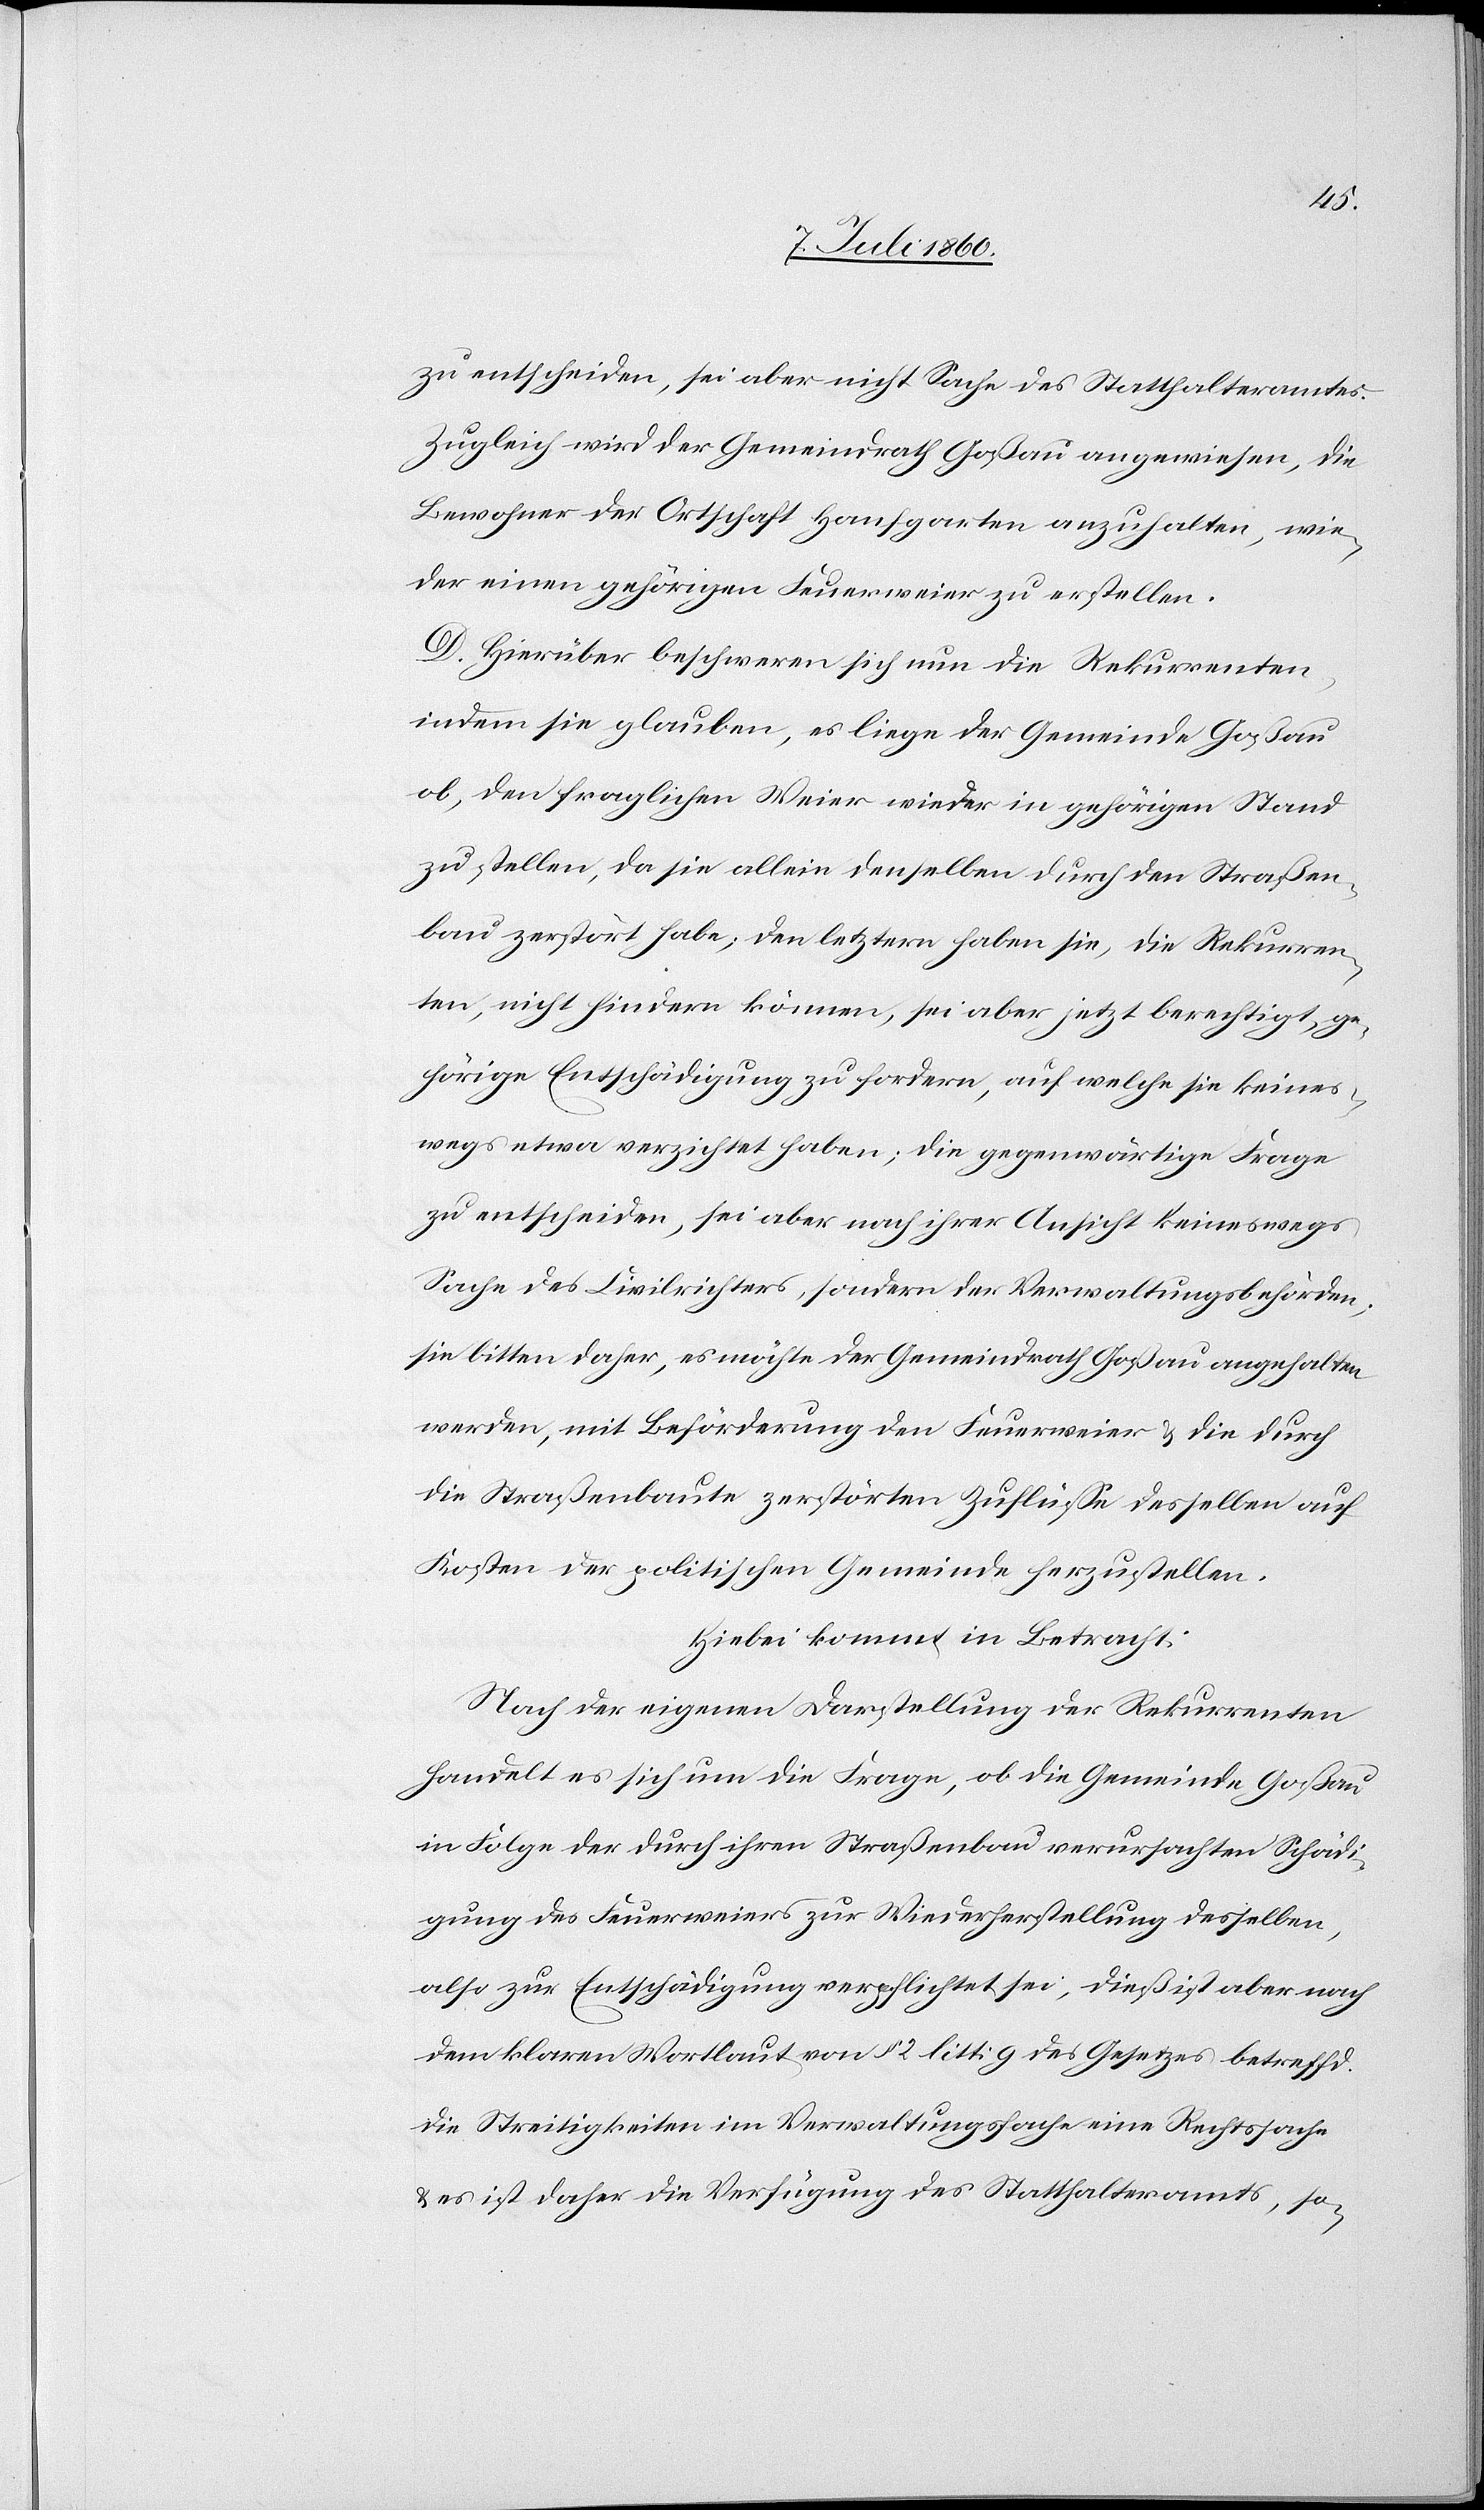
zu entscheiden, sei aber nicht Sache des Statthalteramtes.
Zugleich wird der Gemeindrath Goßau angewiesen, die
Bewohner der Ortschaft Hanfgarten anzuhalten, wie¬
der einen gehörigen Feuerweier zu erstellen.
D. Hierüber beschweren sich nun die Rekurrenten,
indem sie glauben, es liege der Gemeinde Goßau
ob, den fraglichen Weier wieder in gehörigen Stand
zu stellen, da sie allein denselben durch den Straßen¬
bau zerstört habe; den letztern haben sie, die Rekurren¬
ten, nicht hindern können, sei aber jetzt berechtigt, ge¬
hörige Entschädigung zu fordern, auf welche sie keines¬
wegs etwa verzichtet haben; die gegenwärtige Frage
zu entscheiden, sei aber nach ihrer Ansicht keineswegs
Sache des Civilrichters, sondern der Verwaltungsbehörden;
sie bitten daher, es möchte der Gemeindrath Goßau angehalten
werden, mit Beförderung den Feuerweier & die durch
die Straßenbaute zerstörten Zuflüsse desselben auf
Kosten der politischen Gemeinde herzustellen.
Hiebei kommt in Betracht:
Nach der eigenen Darstellung der Rekurrenten
handelt es sich um die Frage, ob die Gemeinde Goßau
in Folge der durch ihren Straßenbau verursachten Schädi¬
gung des Feuerweiers zur Wiederherstellung desselben,
also zur Entschädigung verpflichtet sei; dieß ist aber nach
dem klaren Wortlaut von § 2 litt. g des Gesetzes betreffd.
die Streitigkeiten im Verwaltungsfache eine Rechtssache
& es ist daher die Verfügung des Statthalteramtes, so-